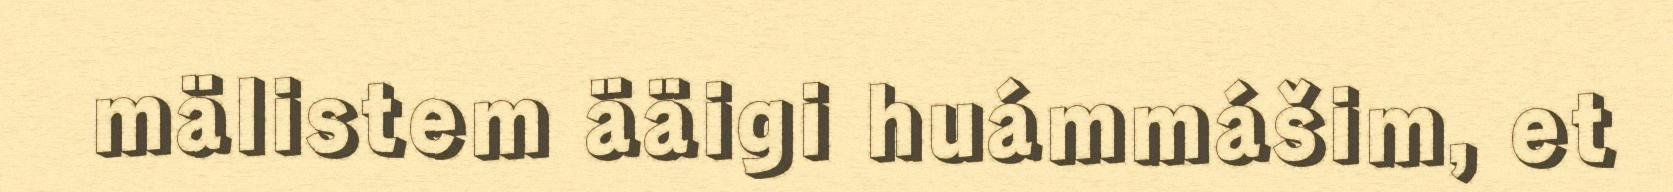
mälistem ääigi huámmášim, et